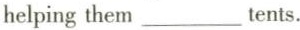
helping them ___ tents.